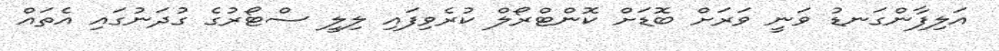
އަލިފާންގަނޑު ވަނީ ވަރަށް ބޮޑަށް ކޮންޓްރޯލް ކުރެވިފައި ލިލީ ސްޓޯރުގެ ގުދަނުގައި އެތައް